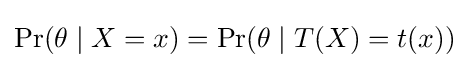
\Pr(\theta \mid X=x)=\Pr(\theta \mid T(X)=t(x))